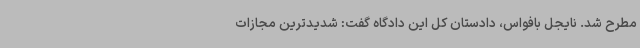
مطرح شد. نایجل بافواس، دادستان کل این دادگاه گفت: شدیدترین مجازات